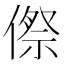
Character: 傺